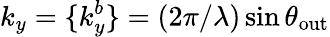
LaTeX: k_{y}=\{ k_{y}^{b}\} =(2\pi/\lambda)\sin{\theta_{\mathrm{out}}}